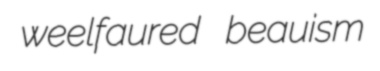
weelfaured beauism